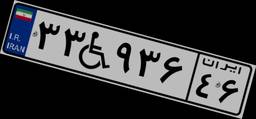
۳۳W۹۳۶۴۶